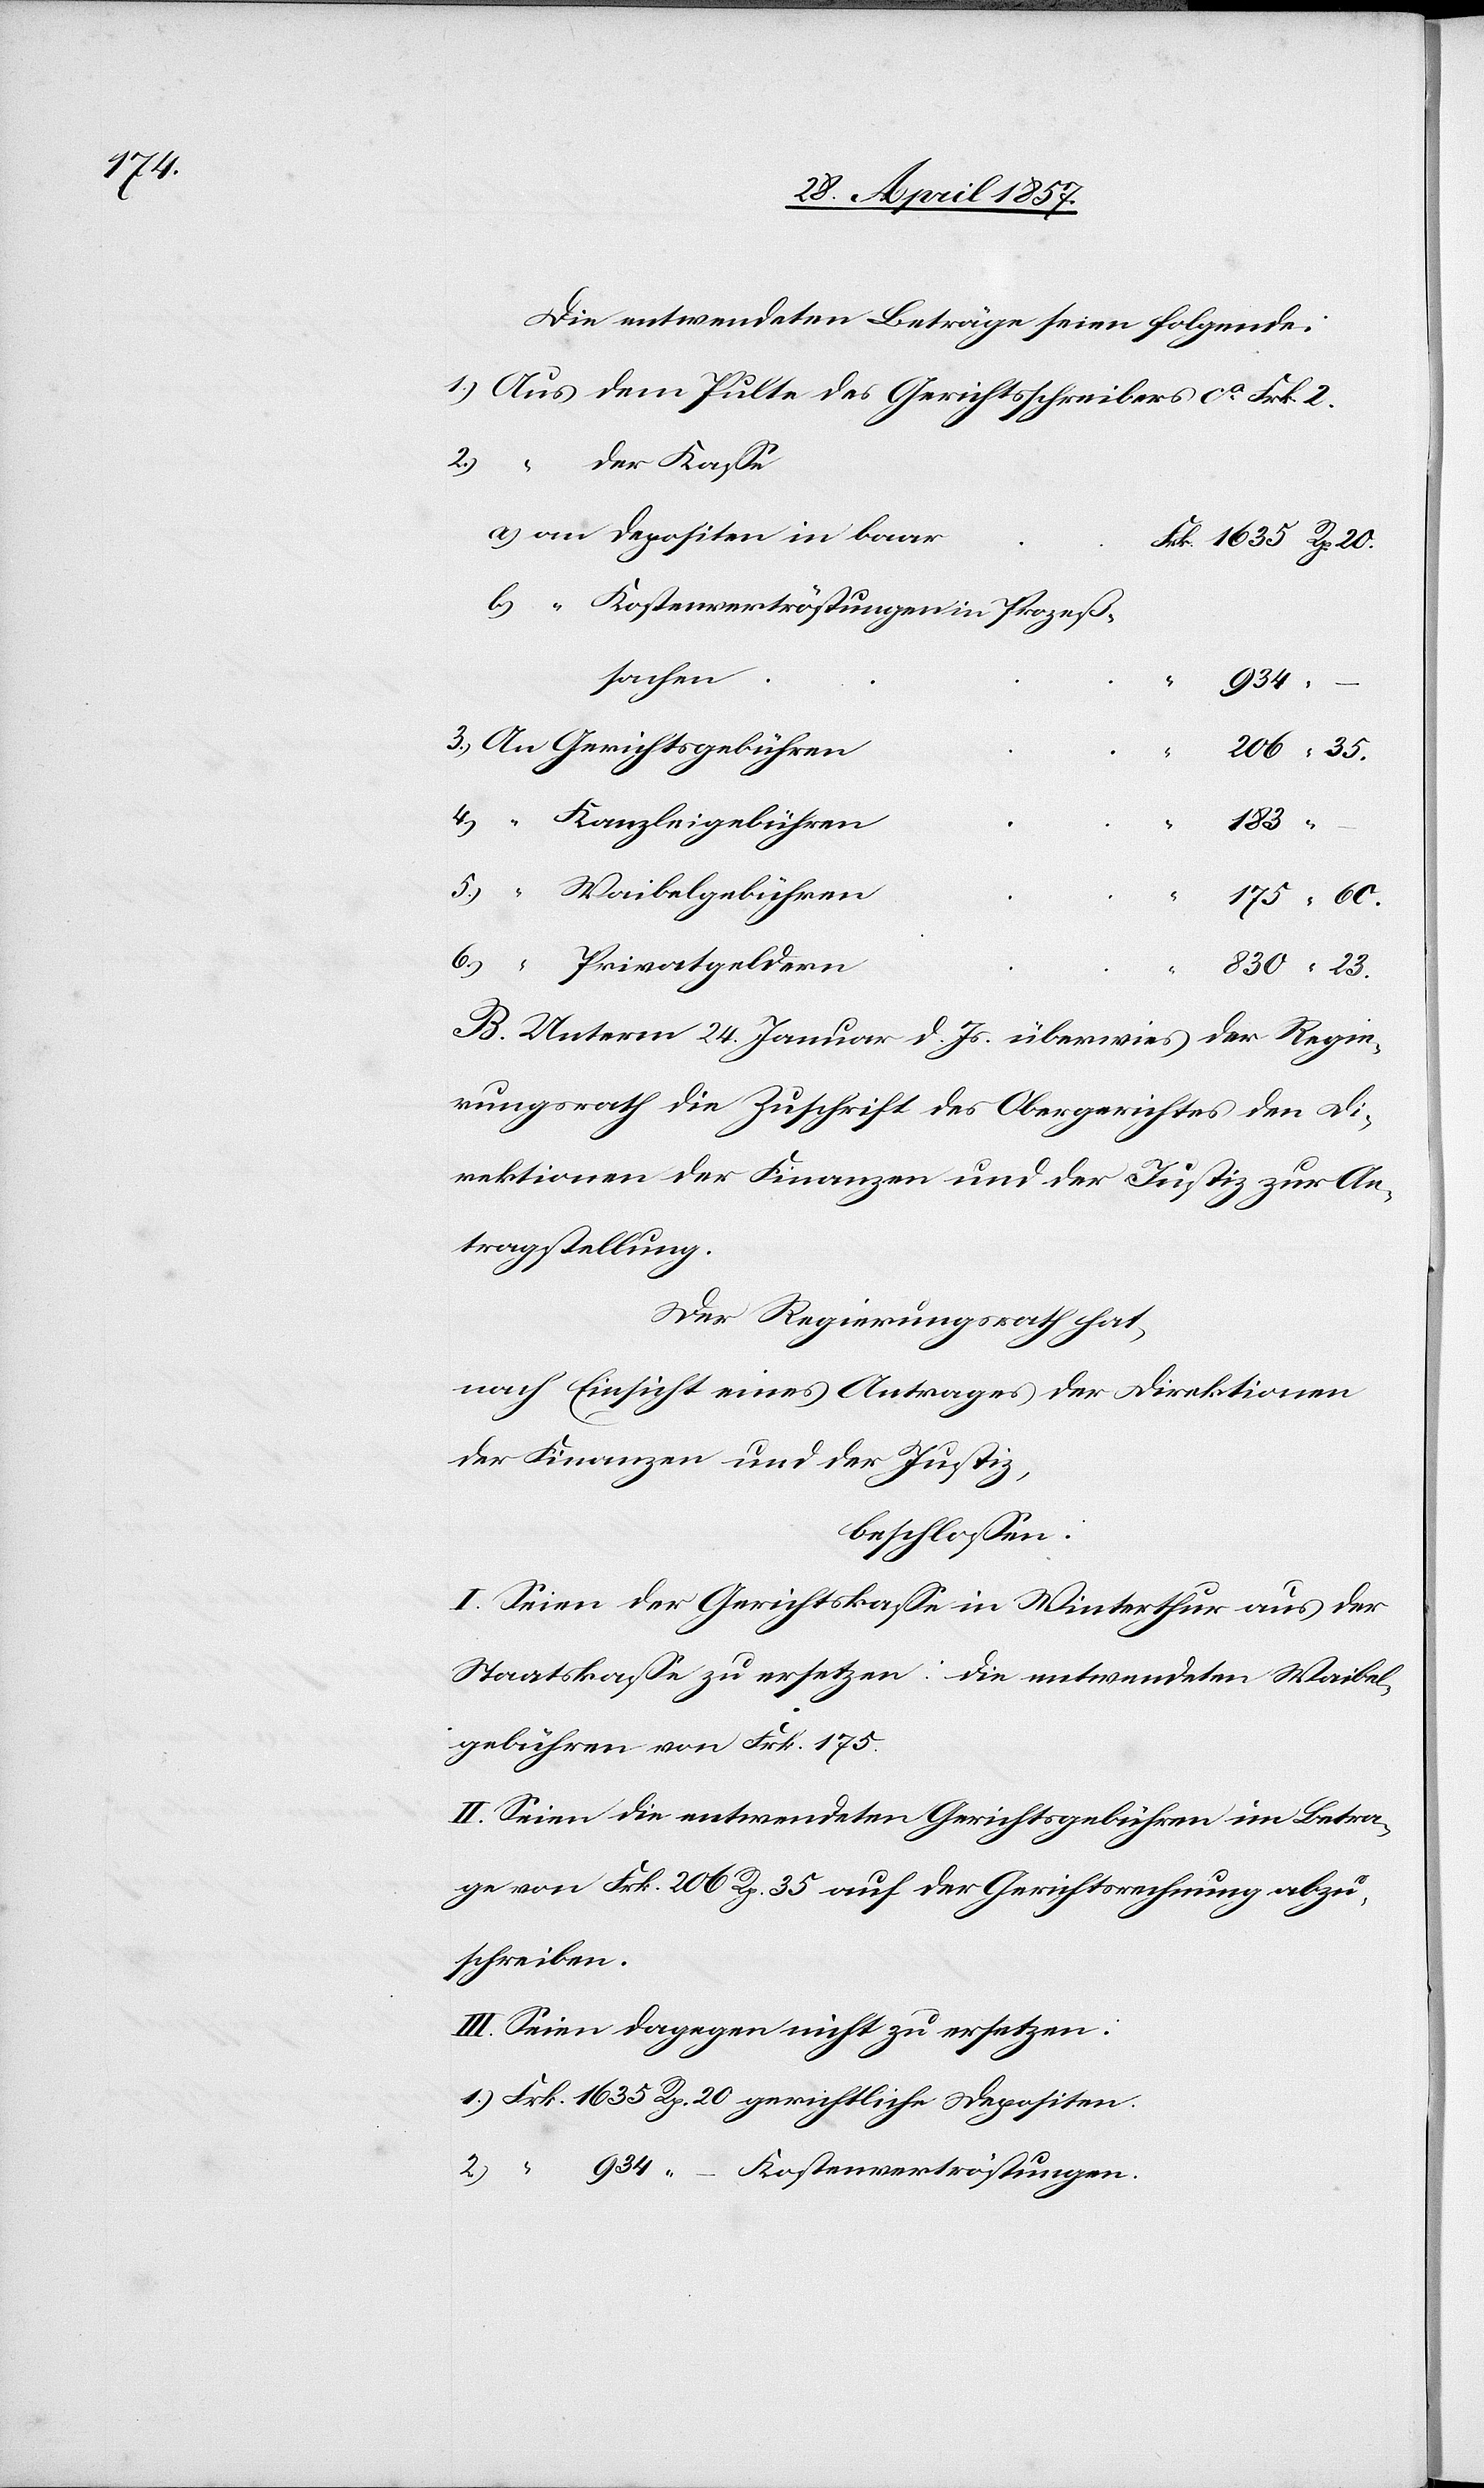
Die entwendeten Beträge seien folgende:
1.) Aus dem Pulte des Gerichtsschreibers 						ca
2.) “ der Kaße
a) an Depositen in
1635. Rp. 20.
934.
206. “ 35.
– .
183.
175. “ 60.
830. “ 23.
B. Unterm 24 Januar d. Js. überwies der Regie¬
rungsrath die Zuschrift des Obergerichtes den Di¬
rektionen der Finanzen und der Justiz zur An¬
tragstellung.
Der Regierungsrath hat,
nach Einsicht eines Antrages der Direktion
“
der Finanzen und der Justiz,
beschloßen:
I. Seien der Gerichtskaße in Winterthur aus der
Staatskaße zu ersetzen: Die entwendeten Waibel¬
gebühren von Frk. 175.
II. Seien die entwendeten Gerichtsgebühren im Betra¬
ge von Frk. 206 Rp. 35 auf der Gerichtsrechnung abzu¬
schreiben.
III. Seien dagegen nicht zu ersetzen:
1.) Frk 1635 Rp. 20 gerichtliche Depositen.
2.) “ 934 “ – Kostenvertröstungen.